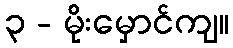
၃ - မိုးမှောင်ကျ။